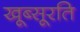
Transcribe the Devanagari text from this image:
खूब्सूरति